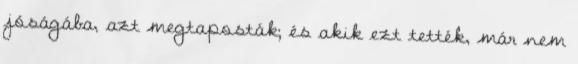
jóságába, azt megtaposták; és akik ezt tették, már nem